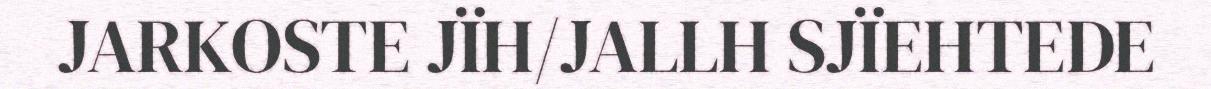
JARKOSTE JÏH/JALLH SJÏEHTEDE